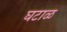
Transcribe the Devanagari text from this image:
घटाळ